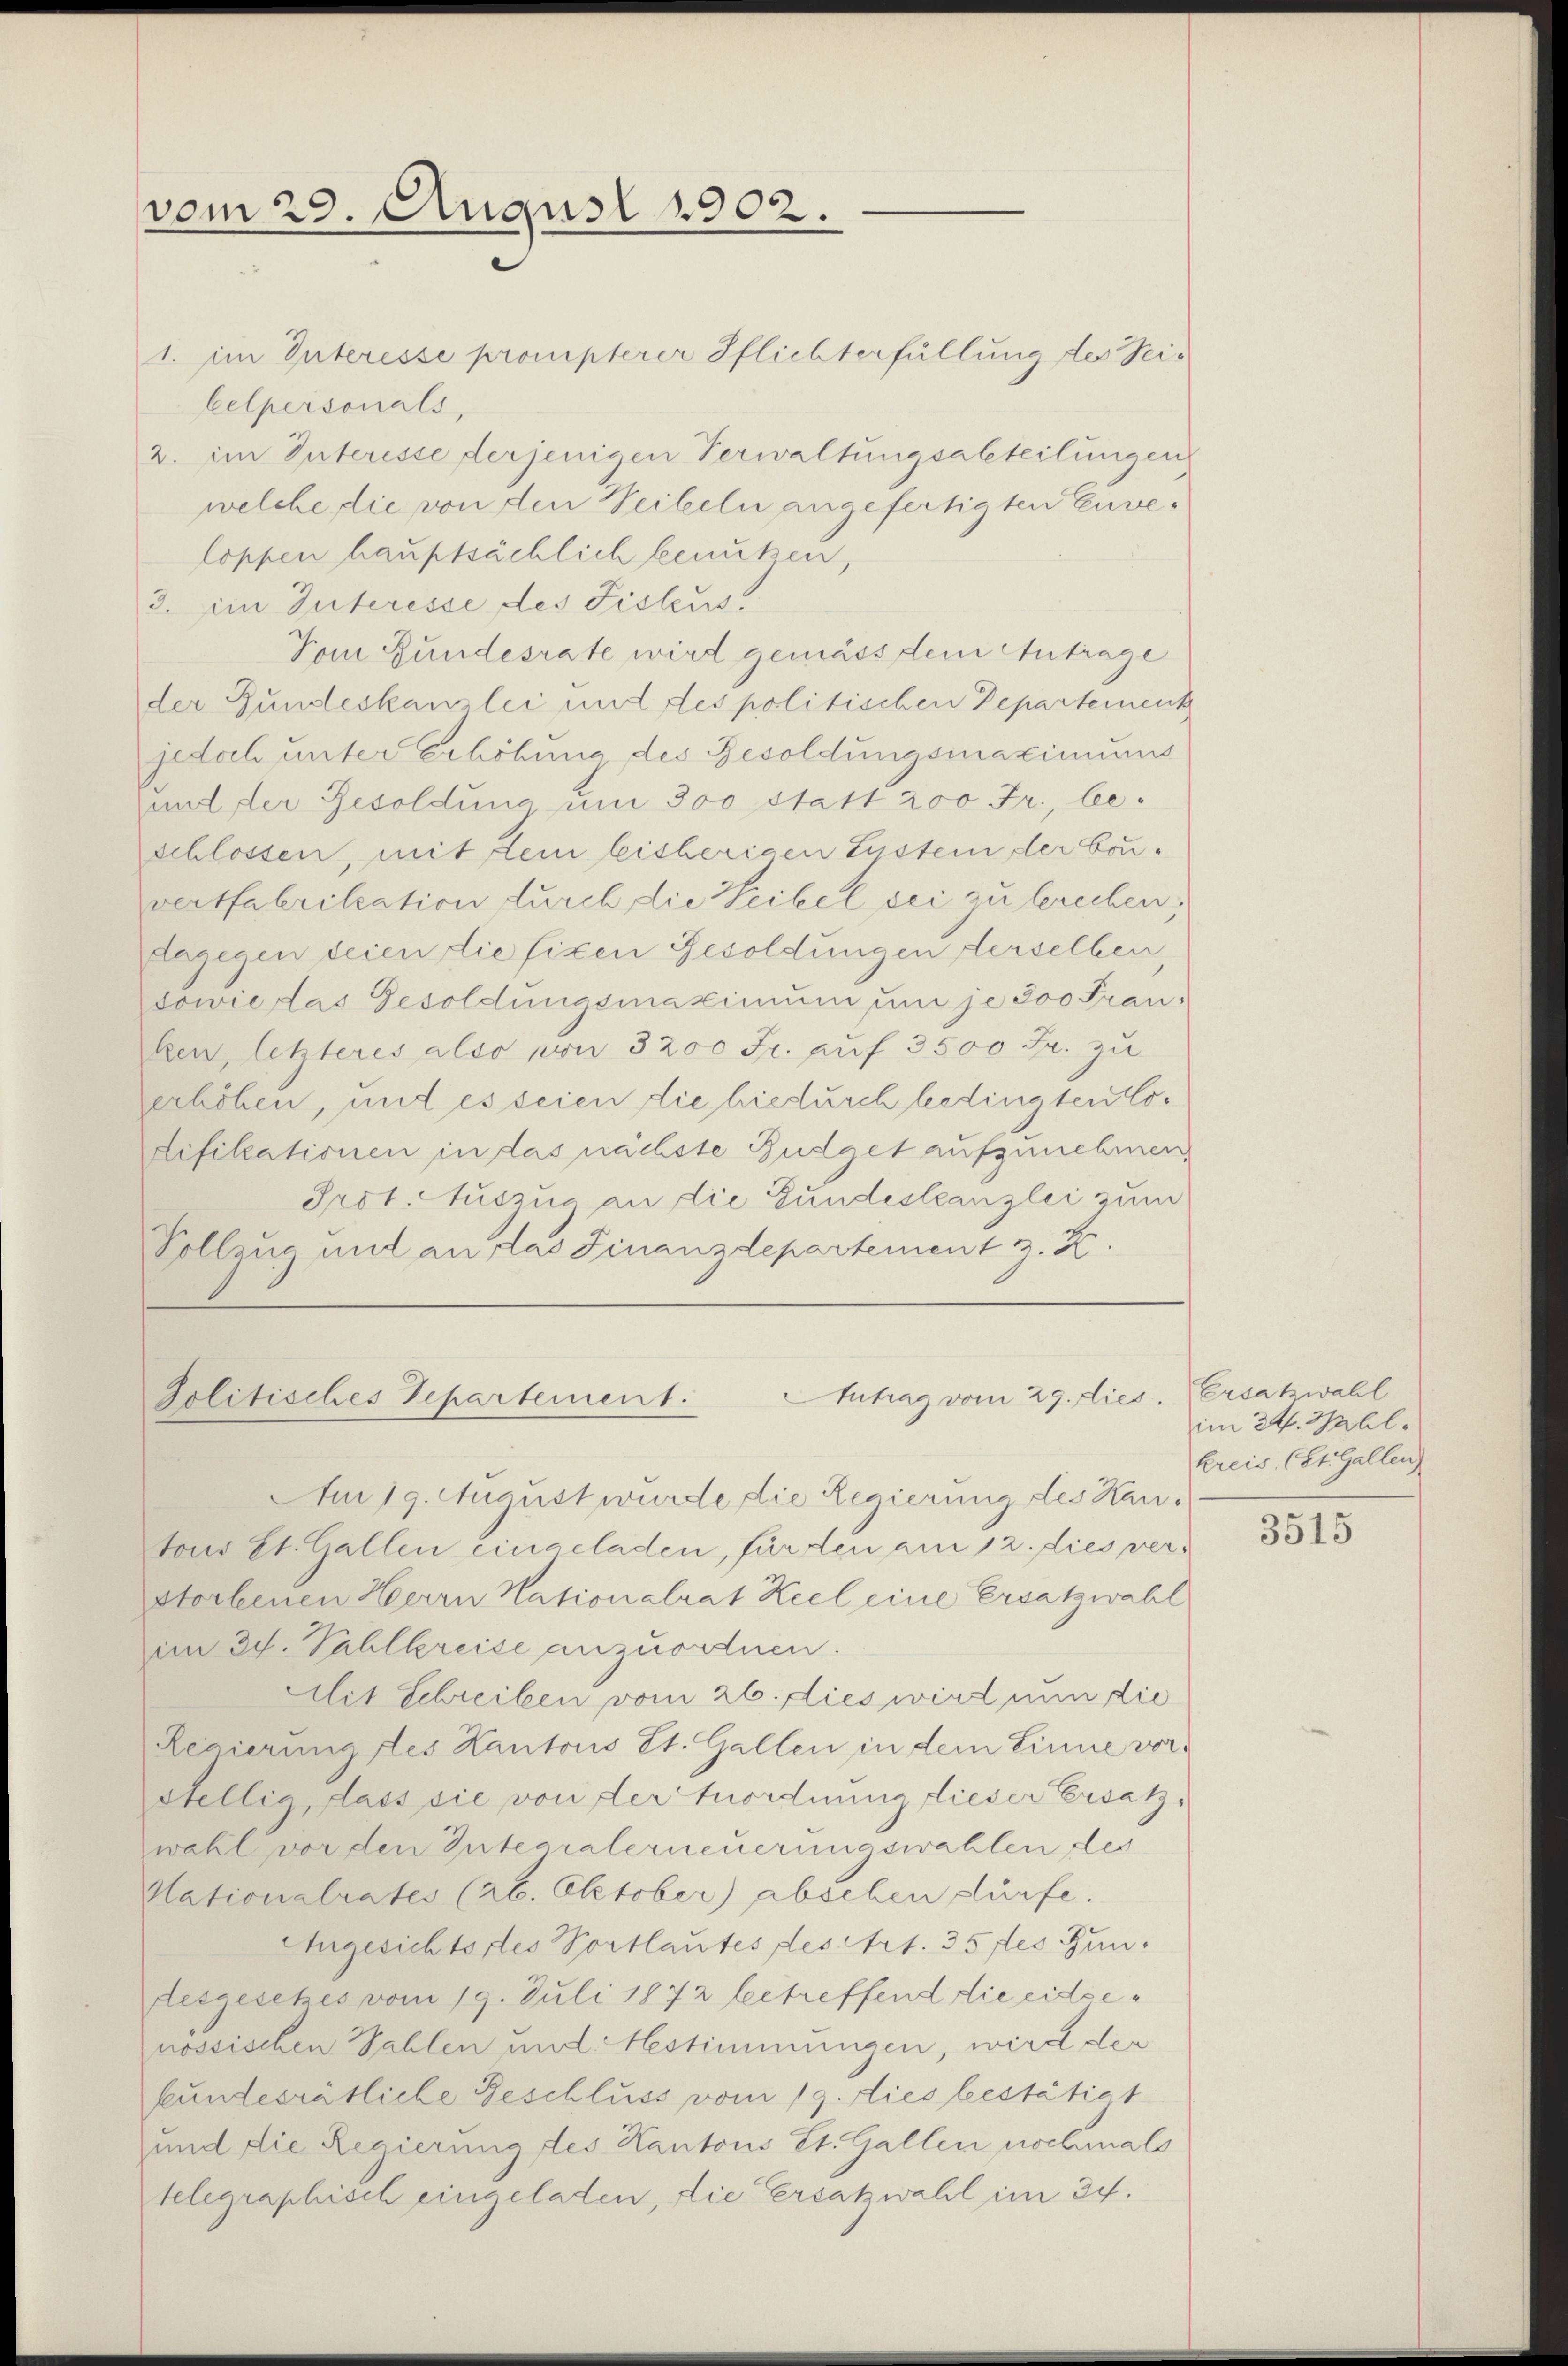
vom 29. August 1902.

1. im Interesse prompterer Pflichterfüllung des Seis
Celpersonals,
2. im Interesse derjenigen Verwaltungsabteilungen
welche die von den Seiteln angefertigten Enveloppen hauptsächlich benutzen,
3. ein Interesse des Fistens.
Vom Bundesrate wird gemäss dem Antrage
der Gundeskanzlei mit des politischen Departement
jedoch unter Erhöhung des Besoldungsmaximums
mit der Besoldung um 300 statt 200 Fr., beschlossen, mit dem bisherigen Lustem der bouvertfabrikation durch, die Weibel sei zu berechen;
dagegen deren die fixen Besoldungen derselben,
dowie das Gesoldungsmaximum um je 300 Frau:
ken, letzteres also von 3200 Fr. auf 3500 Fr. zu
erhöhen, und es seien die hiedurch bedingten Cotifikationen in das nächste Budget aufzunehmen,
Prot. Auszug an die Bundestanzlei zum
Vollzug und an das Finanzdepartement z. R.

Antrag vom 29. Dies
Politisches Separtement.
Am 19. August wurde die Regierung des Kan¬

tous St. Gallen eingeladen, für den am 12. dies verstorbenen Herrn Nationalrat Keel eine Ersatzwahl
im 34. Vahlkreise anzuordnen.
Mit Schreiben vom 26. dies wird nun die
Regierung des Kantons St. Gallen in dem Sinne vorstellig, dass sie von der Anordnung dieser Ersatz,
wahl vor den Integralerneuerungswahlen des
Nationalrates (26. Oktober) absehen dürfe.
Angesichts des Portlautes des Art. 35 fes Bun
desgesches vom 19. Juli 1872 betreffend die eidsenössischen Wahlen und bestimmungen, wird der
kundesrätliche Geschluss vom 19. dies bestätigt
und die Regierung des Kantons St. Gallen nochmals
telegraphisch eingeladen, die Ersatzwahl im 34.

Ersatzwahl
im 24. Mal.
kreis (St. Gallen

3515